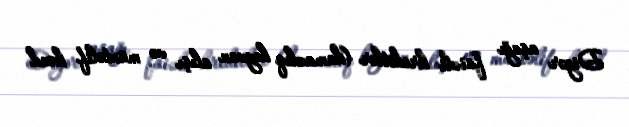
Digər aşağı faizli kreditlər (damazlıq heyvan alışı və müxtəlif kənd